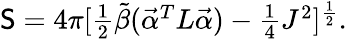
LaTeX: \mathsf{S}=4\pi[\textstyle{{\frac{{1}}{{2}}}}{\tilde{{\beta}}}(\vec{{\cal\alpha}}^{T}L\vec{{\cal\alpha}})-\textstyle{{\frac{{1}}{{4}}}}J^{2}]^{\frac{{1}}{{2}}}.